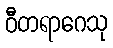
ဝီတရာဂေသု